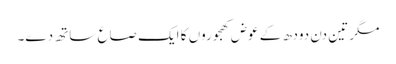
مگر تین دن دودھ کے عوض کھجوروں کا ایک صاع ساتھ دے۔